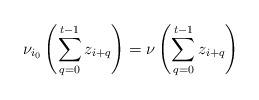
LaTeX: \begin{align*}\nu_{i_0}\left(\sum\limits_{q=0}^{t-1}z_{i+q}\right)=\nu\left(\sum\limits_{q=0}^{t-1}z_{i+q}\right)\end{align*}